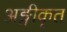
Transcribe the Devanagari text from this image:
अङ्गीकृत